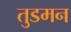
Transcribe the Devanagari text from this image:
तुडमन